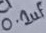
Text: 0.2uF